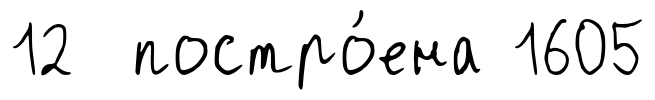
12 постро́ена 1605